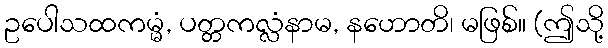
ဥပေါသထကမ္မံ, ပတ္တကလ္လံနာမ, နဟောတိ၊ မဖြစ်။ (ဤသို့